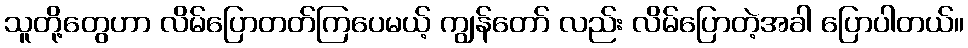
သူတို့တွေဟာ လိမ်ပြောတတ်ကြပေမယ့် ကျွန်တော် လည်း လိမ်ပြောတဲ့အခါ ပြောပါတယ်။